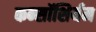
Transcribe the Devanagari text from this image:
कन्सॉशिर्यम